Annual report of the Civil Veterinary Department, Bengal, for the year 1897-98 - 1897-1898
Year: 1897
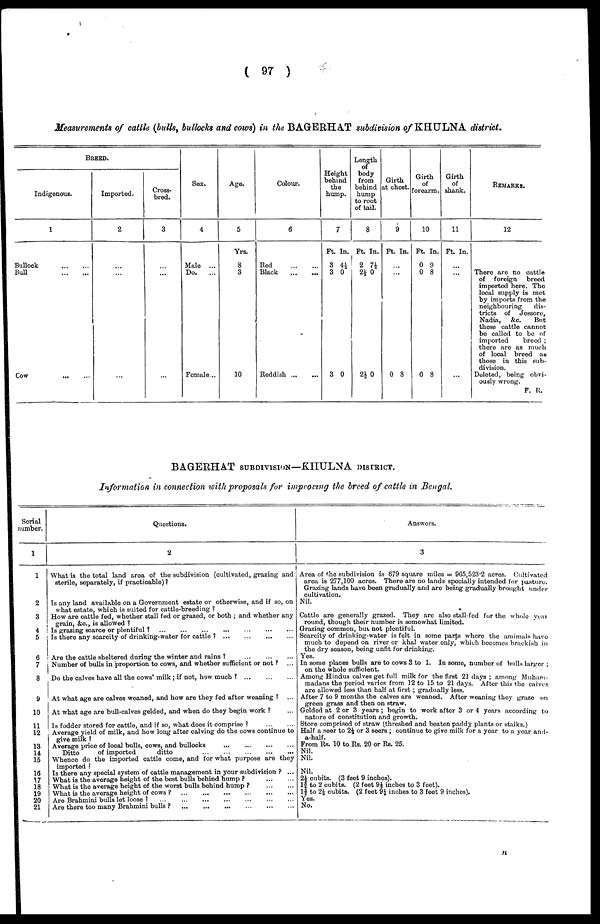
(97)
Measurements of cattle (bulls, bullocks and cows) in the BAGERHAT subdivision of KHULNA district.
BREED.
Indigenous.
1
Bullock
...
...
Bull ... ...
Cow ... ...
Imported.
2
...
...
...
Cross-
bred.
3
...
...
...
Sex.
4
Male ...
Do.
...
Female...
Age.
5
Yrs.
8
3
10
Colour.
6
Red
...
...
Black
...
...
Reddish
...
...
Height
behind
the
hump.
7
Ft.
3
3
3
In.
4½
0
0
Length
of
body
from
behind
hump
to root
of tail.
8
Ft.
2
2½
2½
In.
7½
0
0
Girth
at chest.
9
Ft.
...
...
0
In.
8
Girth
of
forearm.
10
Ft.
0
0
0
In.
9
8
8
Girth
of
shank.
11
Ft.
...
..
..
In.
.
.
REMARKS.
12
There are no cattle
of foreign
breed
imported here. The
local supply is met
by imports from the
neighbouring
dis-
tricts of
Jessore,
Nadia,
&c.
But
these cattle cannot
be called to bo of
imported
breed;
there are as much
of local breed as
those in this sub-
division.
Deleted, being obvi-
ously wrong. F. R.
BAGERHAT SUBDIVISION—KHULNA DISTRICT.
Information in connection with proposals for improving the breed of cattle in Bengal.
Serial
number.
1
1
2
3
4
5
6
7
8
9
10
11
12
13
14
15
16
17
18
19
20
21
Questions.
2
What is the total land area of the subdivision (cultivated, grazing and
sterile, separately, if practicable)?
Is any land available on a Government estate or otherwise, and if so, on
what estate, which is suited for cattle-breeding?
How are cattle fed, whether stall fed or grazed, or both; and whether any
grain, &c., is allowed?
Is grazing scarce or plentiful? ... ... ... ... ...
Is there any scarcity of drinking-water for
cattle?
...
...
...
...
Are the cattle sheltered during the winter and rains?
...
...
...
Number of bulls in proportion to cows, and whether sufficient or not? ...
Do the calves have all the cows' milk; if not, how much?
...
...
...
At what age are calves weaned, and how are they fed after weaning? ...
At what age are bull-calves gelded, and when do they begin work? ...
Is fodder stored for cattle, and if so, what does it comprise?
...
...
Average yield of milk, and how long after calving do the cows continue to
give milk?
Average price of local bulls, cows, and bullocks
... ... ... ...
Ditto
of imported
ditto
...
...
...
...
...
Whence do the imported cattle come, and for what purpose are they imported?
Is there any special system of cattle management in your subdivision? ...
What is the average height of the best bulls behind hump?
...
...
What is the average height of the worst bulls behind hump?
...
...
What is the average height of cows?
...
...
...
...
...
...
Are Brahmini bulls let loose?
...
...
...
...
...
...
Are there too many Brahmini bulls? ... ... ... ... ... ...
Answers.
3
Area of the subdivision is 679 square miles = 965,523.2 acres. Cultivated
area is 277,100 acres. There are no lands specially intended for pasture.
Grazing lands have been gradually and are being gradually brought under
cultivation.
Nil.
Cattle are generally grazed. They are also stall-fed for the whole year
round, though their number is somewhat limited.
Grazing common, but not plentiful.
Scarcity of drinking-water is felt in some parts where the amimals have
much to depend on river or khal water only, which becomes brackish in
the dry season, being unfit for drinking.
Yes.
In some places bulls are to cows 3 to 1. In some, number of bulls larger;
on the whole sufficient.
Among Hindus calves get full milk for the first 21 days; among Muham-
madans the period varies from 12 to 15 to 21 days. After this the calves
are allowed less than half at first; gradually less.
After 7 to 9 months the calves are weaned. After weaning they graze on
green grass and then on straw.
Gelded at 2 or 3 years; begin to work after 3 or 4 years according to
nature of constitution and growth.
Store comprised of straw (threshed and beaten paddy plants or stalks.)
Half a seer to 2½ or 3 seers; continue to give milk for a year to a year and-
a-half.
From Rs. 10 to Rs. 20 or Rs. 25.
Nil.
Nil.
Nil.
2½ cubits. (3 feet 9 inches).
13/4 to 2 cubits. (2 feet 9½ inches to 3 feet).
13/4 to 2½ cubits. (2 feet 9½ inches to 3 feet 9 inches).
Yes.
No.
n